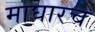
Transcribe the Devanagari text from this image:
माघारच